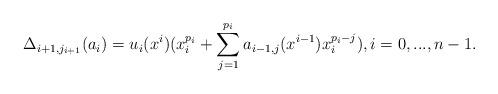
LaTeX: \begin{align*} \Delta_{i+1,j_{i+1}} ( a_{i} ) = u_{i} (x^{i}) (x_i^{p_i}+ \sum_{j=1}^{p_i} a_{i-1,j} (x^{i-1}) x_i^{p_i-j} ) , i=0,...,n-1. \end{align*}